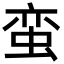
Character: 蛮